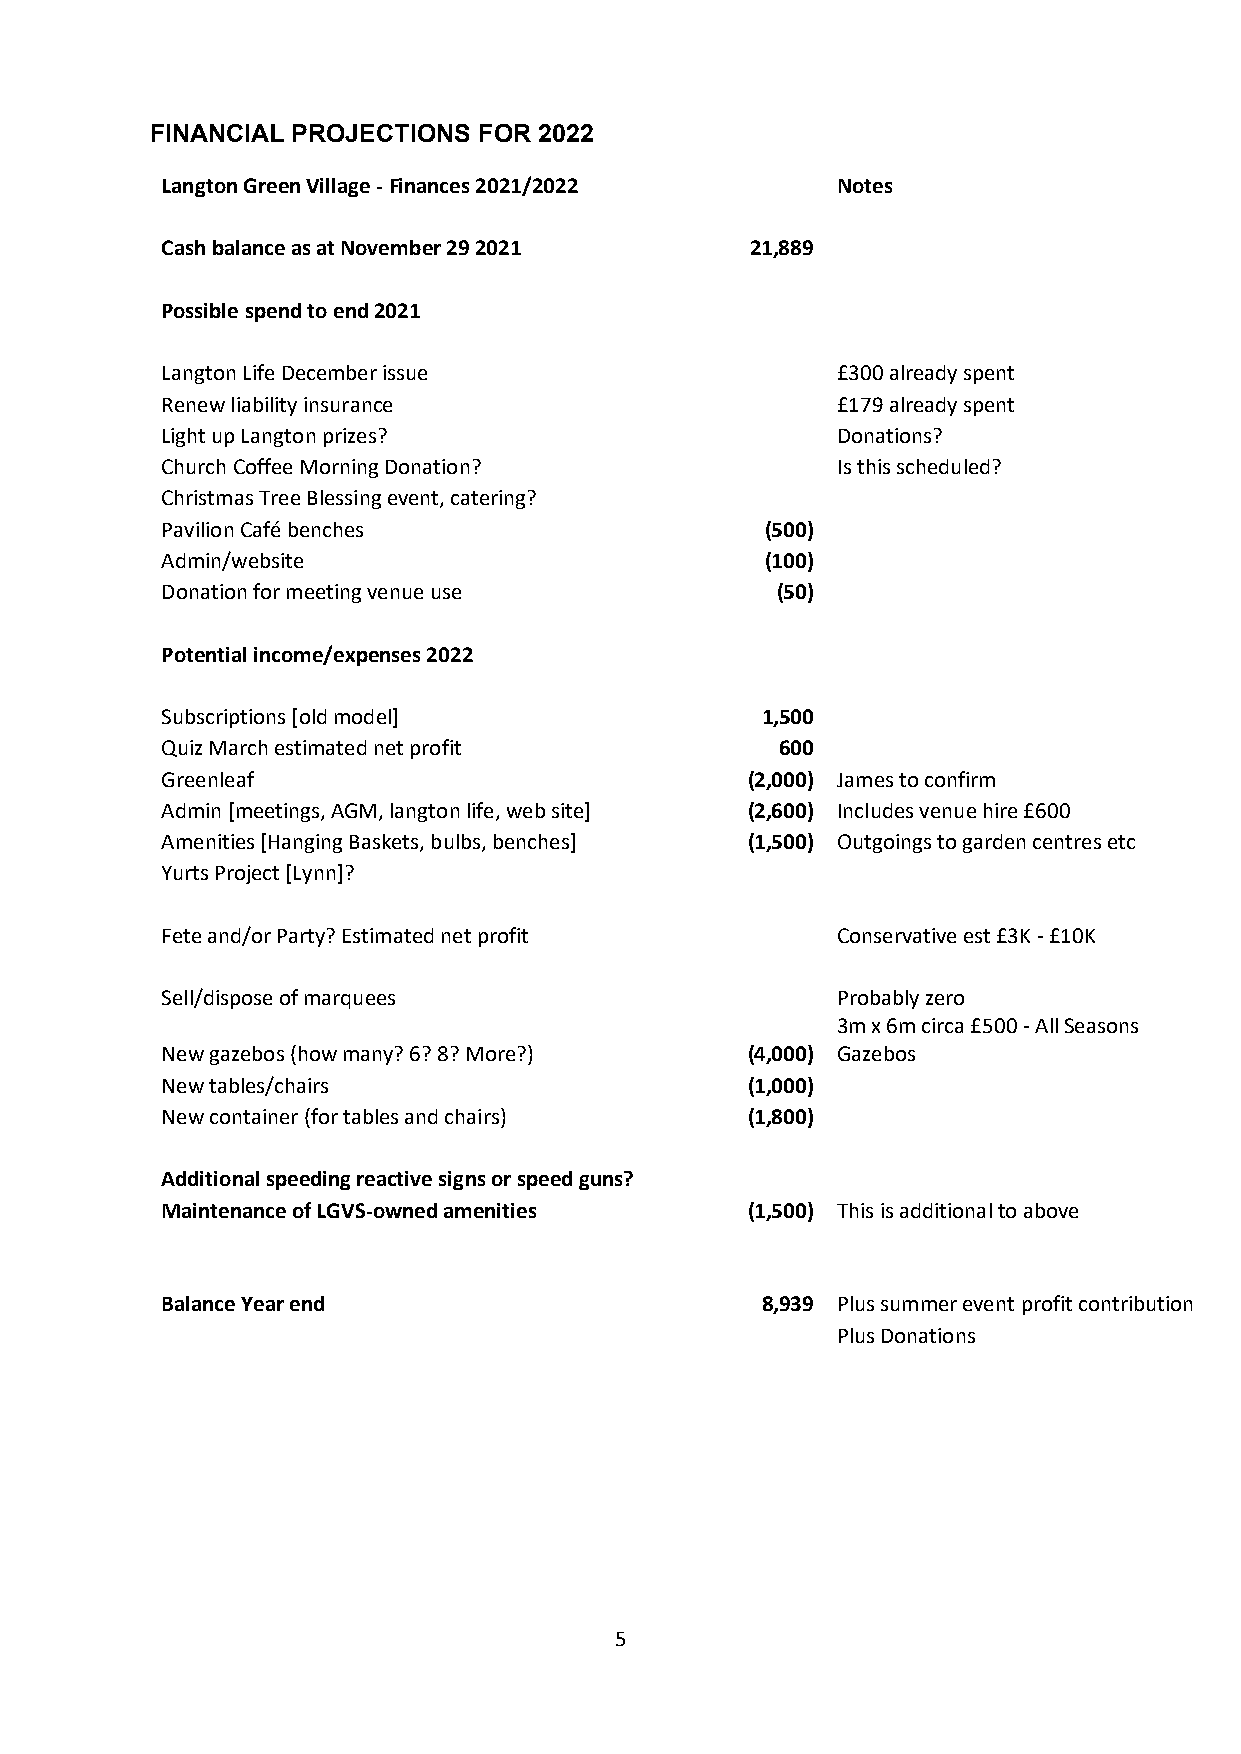
FINANCIAL PROJECTIONS FOR 2022
 Langton Green Village - Finances 2021/2022  Notes
 Cash balance as at November 29 2021    21,889
 Possible spend to end 2021
 Langton Life December issue                 £300 already spent
 Renew liability insurance                   £179 already spent
 Light up Langton prizes?                    Donations?
 Church Coffee Morning Donation?             Is this scheduled?
 Christmas Tree Blessing event, catering?
 Pavilion Café benches                   (500)
 Admin/website                           (100)
 Donation for meeting venue use          (50)
 Potential income/expenses 2022
 Subscriptions [old model]              1,500
 Quiz March estimated net profit          600
 Greenleaf                             (2,000) James to confirm
 Admin [meetings, AGM, langton life, web site] (2,600) Includes venue hire £600
 Amenities [Hanging Baskets, bulbs, benches] (1,500) Outgoings to garden centres etc
 Yurts Project [Lynn]?
 Fete and/or Party? Estimated net profit     Conservative est £3K - £10K
 Sell/dispose of marquees                    Probably zero
 3m x 6m circa £500 - All Seasons
 New gazebos (how many? 6? 8? More?)   (4,000) Gazebos
 New tables/chairs                     (1,000)
 New container (for tables and chairs) (1,800)
 Additional speeding reactive signs or speed guns?
 Maintenance of LGVS-owned amenities   (1,500) This is additional to above
 Balance Year end                       8,939 Plus summer event profit contribution
 Plus Donations
 5